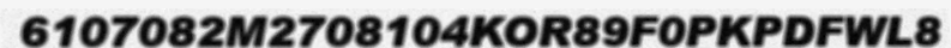
6107082M2708104KOR89F0PKPDFWL8